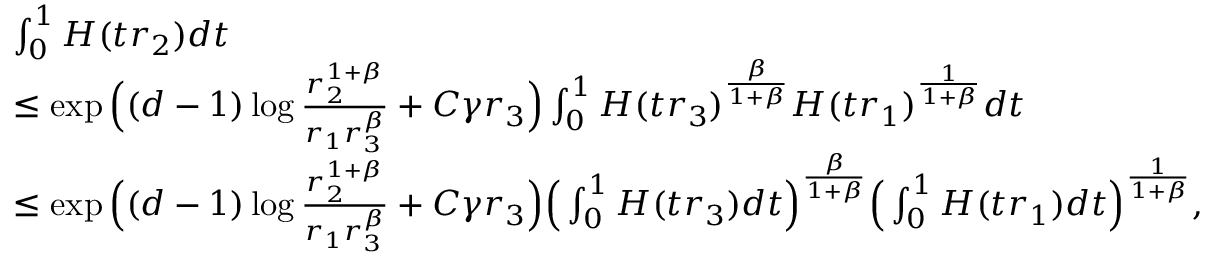
\begin{array} { r l } & { \int _ { 0 } ^ { 1 } H ( t r _ { 2 } ) d t } \\ & { \le \exp \Big ( ( d - 1 ) \log \frac { r _ { 2 } ^ { 1 + \beta } } { r _ { 1 } r _ { 3 } ^ { \beta } } + C \gamma r _ { 3 } \Big ) \int _ { 0 } ^ { 1 } H ( t r _ { 3 } ) ^ { \frac { \beta } { 1 + \beta } } H ( t r _ { 1 } ) ^ { \frac { 1 } { 1 + \beta } } d t } \\ & { \le \exp \Big ( ( d - 1 ) \log \frac { r _ { 2 } ^ { 1 + \beta } } { r _ { 1 } r _ { 3 } ^ { \beta } } + C \gamma r _ { 3 } \Big ) \Big ( \int _ { 0 } ^ { 1 } H ( t r _ { 3 } ) d t \Big ) ^ { \frac { \beta } { 1 + \beta } } \Big ( \int _ { 0 } ^ { 1 } H ( t r _ { 1 } ) d t \Big ) ^ { \frac { 1 } { 1 + \beta } } , } \end{array}